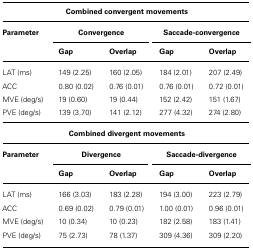
<table><thead><tr><td colspan="5"><b>Combined convergent movements</b></td></tr><tr><td><b>Parameter</b></td><td colspan="2"><b>Convergence</b></td><td colspan="2"><b>Saccade-convergence</b></td></tr><tr><td></td><td><b>Gap</b></td><td><b>Overlap</b></td><td><b>Gap</b></td><td><b>Overlap</b></td></tr></thead><tbody><tr><td>LAT (ms)</td><td>149 (2.25)</td><td>160 (2.05)</td><td>184 (2.01)</td><td>207 (2.49)</td></tr><tr><td>ACC</td><td>0.80 (0.02)</td><td>0.76 (0.01)</td><td>0.76 (0.01)</td><td>0.72 (0.01)</td></tr><tr><td>MVE (deg/s)</td><td>19 (0.60)</td><td>19 (0.44)</td><td>152 (2.42)</td><td>151 (1.67)</td></tr><tr><td>PVE (deg/s)</td><td>139 (3.70)</td><td>141 (2.12)</td><td>277 (4.32)</td><td>274 (2.80)</td></tr><tr><td colspan="5"><b>Combined divergent movements</b></td></tr><tr><td><b>Parameter</b></td><td colspan="2"><b>Divergence</b></td><td colspan="2"><b>Saccade-divergence</b></td></tr><tr><td></td><td><b>Gap</b></td><td><b>Overlap</b></td><td><b>Gap</b></td><td><b>Overlap</b></td></tr><tr><td>LAT (ms)</td><td>166 (3.03)</td><td>183 (2.28)</td><td>194 (3.00)</td><td>223 (2.79)</td></tr><tr><td>ACC</td><td>0.69 (0.02)</td><td>0.79 (0.01)</td><td>1.00 (0.01)</td><td>0.96 (0.01)</td></tr><tr><td>MVE (deg/s)</td><td>10 (0.34)</td><td>10 (0.23)</td><td>182 (2.58)</td><td>183 (1.41)</td></tr><tr><td>PVE (deg/s)</td><td>75 (2.73)</td><td>78 (1.37)</td><td>309 (4.36)</td><td>309 (2.20)</td></tr></tbody></table>